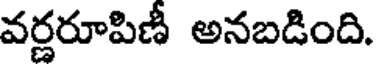
వర్ణరూపిణీ అనబడింది.